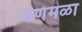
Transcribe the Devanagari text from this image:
बेणेमळा